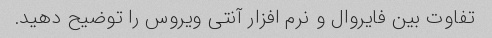
تفاوت بین فایروال و نرم افزار آنتی ویروس را توضیح دهید.